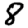
Digit: 8